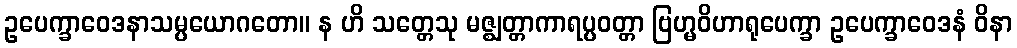
ဥပေက္ခာဝေဒနာသမ္ပယောဂတော။ န ဟိ သတ္တေသု မဇ္ဈတ္တာကာရပ္ပဝတ္တာ ဗြဟ္မဝိဟာရုပေက္ခာ ဥပေက္ခာဝေဒနံ ဝိနာ